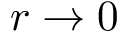
r \to 0